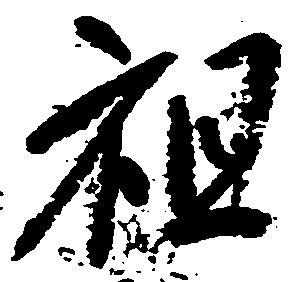
祖